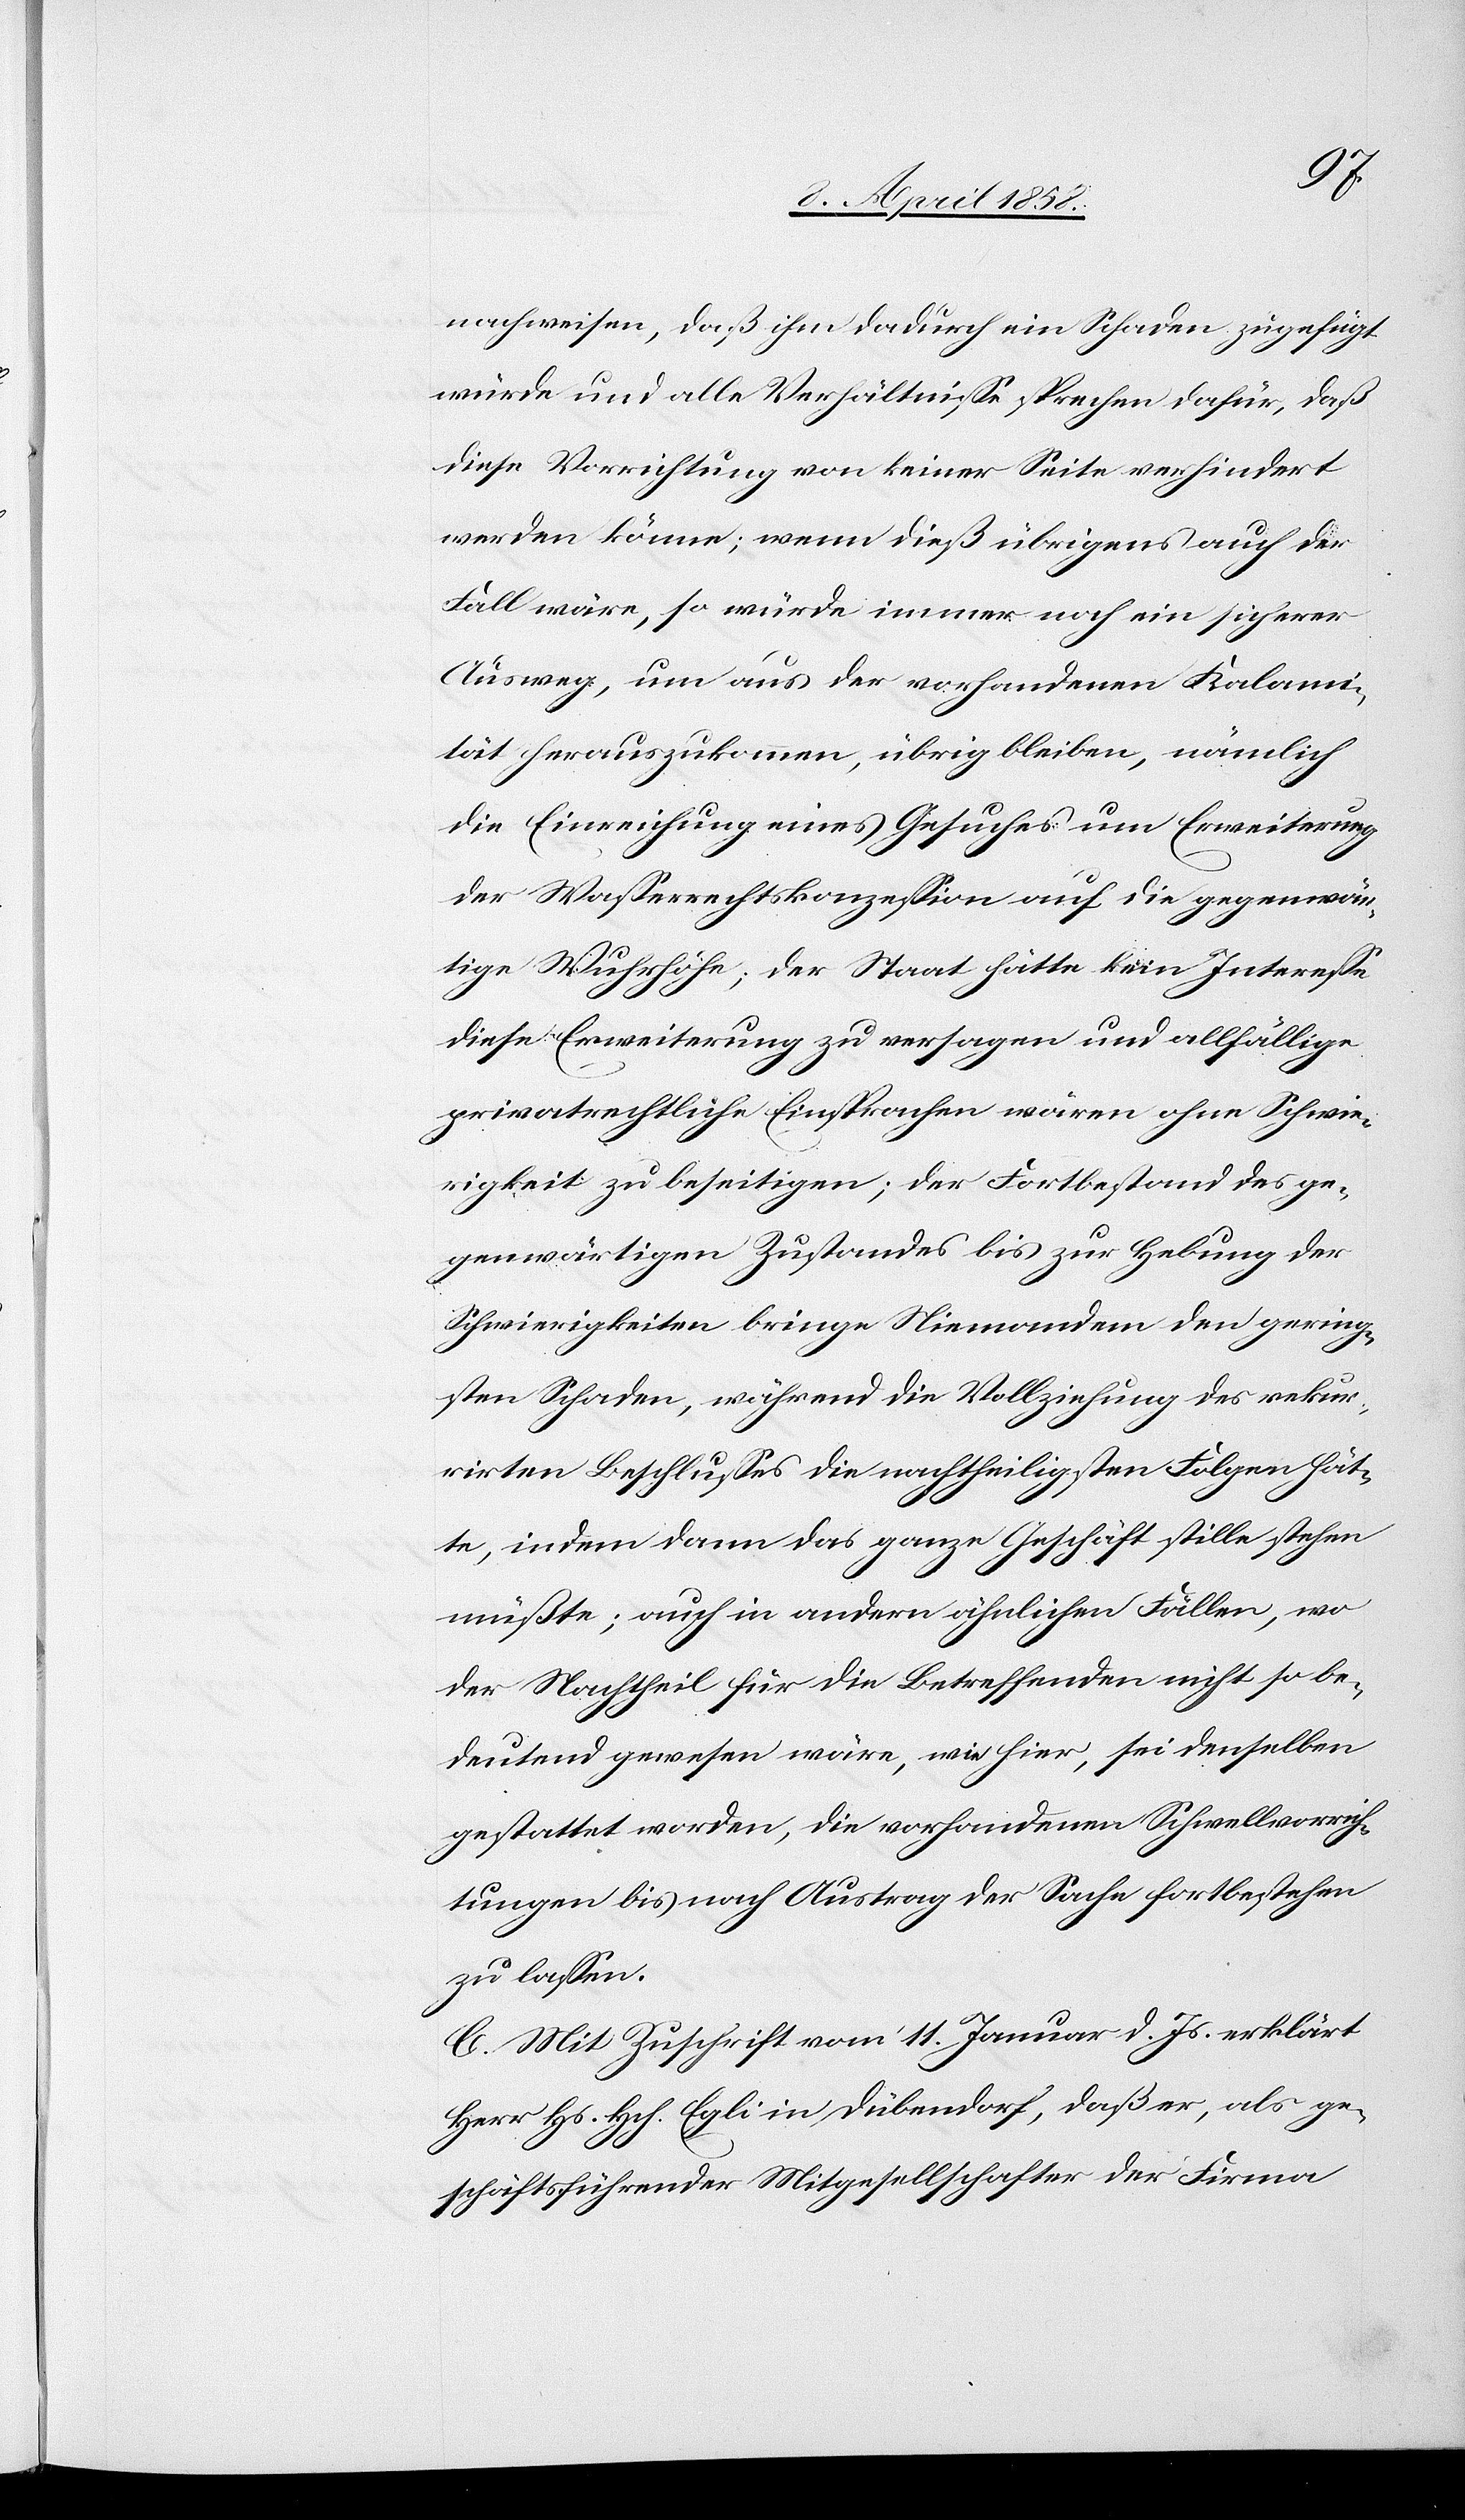
nachweisen, daß ihm dadurch ein Schaden zugefügt
würde und alle Verhältnisse sprechen dafür, daß
diese Verrichtung von keiner Seite verhindert
werden könne; wenn dieß übrigens auch der
Fall wäre, so würde immer noch ein sicherer
Ausweg, um aus der vorhandenen Kalamit¬
ät herauszukommen, übrig bleiben, nämlich
die Einreichung eines Gesuches um Erweiterung
der Wasserrechtskonzession auf die gegenwär¬
tige Wuhrhöhe; der Staat hätte kein Interesse
diese Erweiterung zu versagen und allfällige
privatrechtliche Einsprachen wären ohne Schwie¬
rigkeit zu beseitigen; der Fortbestand des ge¬
genwärtigen Zustandes bis zur Hebung der
Schwierigkeiten bringen Niemandem den gering¬
sten Schaden, während die Vollziehung des rekur¬
rirten Beschlusses die nachtheiligsten Folgen hät¬
te, indem dann das ganze Geschäft stille stehen
müßte; auch in andern ähnlichen Fällen, wo
der Nachtheil für die Betreffenden nicht so be¬
deutend gewesen wäre, wie hier, sei denselben
gestattet worden, die vorhandenen Schwellvorrich¬
tungen bis nach Austrag der Sache fortbestehen
zu lassen.
C. Mit Zuschrift vom 11. Januar d. Js. erklärt
Herr Hs. Hch. Egli in Dübendorf, daß er, als ge¬
schäftsführender Mitgesellschafter der Firma